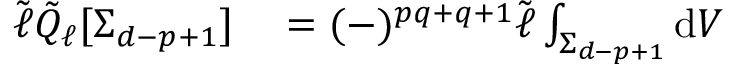
\begin{array} { r l } { \tilde { \ell } \tilde { Q } _ { \ell } [ \Sigma _ { d - p + 1 } ] } & { { } = ( - ) ^ { p q + q + 1 } \tilde { \ell } \int _ { \Sigma _ { d - p + 1 } } \mathrm { d } V } \end{array}